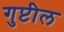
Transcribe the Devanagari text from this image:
गुप्टील